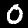
Digit: 0